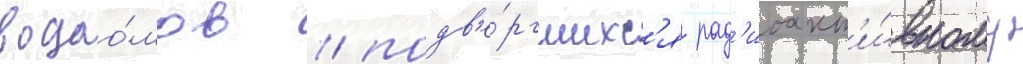
водоо́мов / подв'е́ргшихс'я рад'иоакт'и́вному